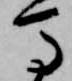
馬